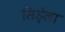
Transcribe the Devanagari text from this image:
सिड्रेला